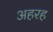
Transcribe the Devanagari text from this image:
अहरह